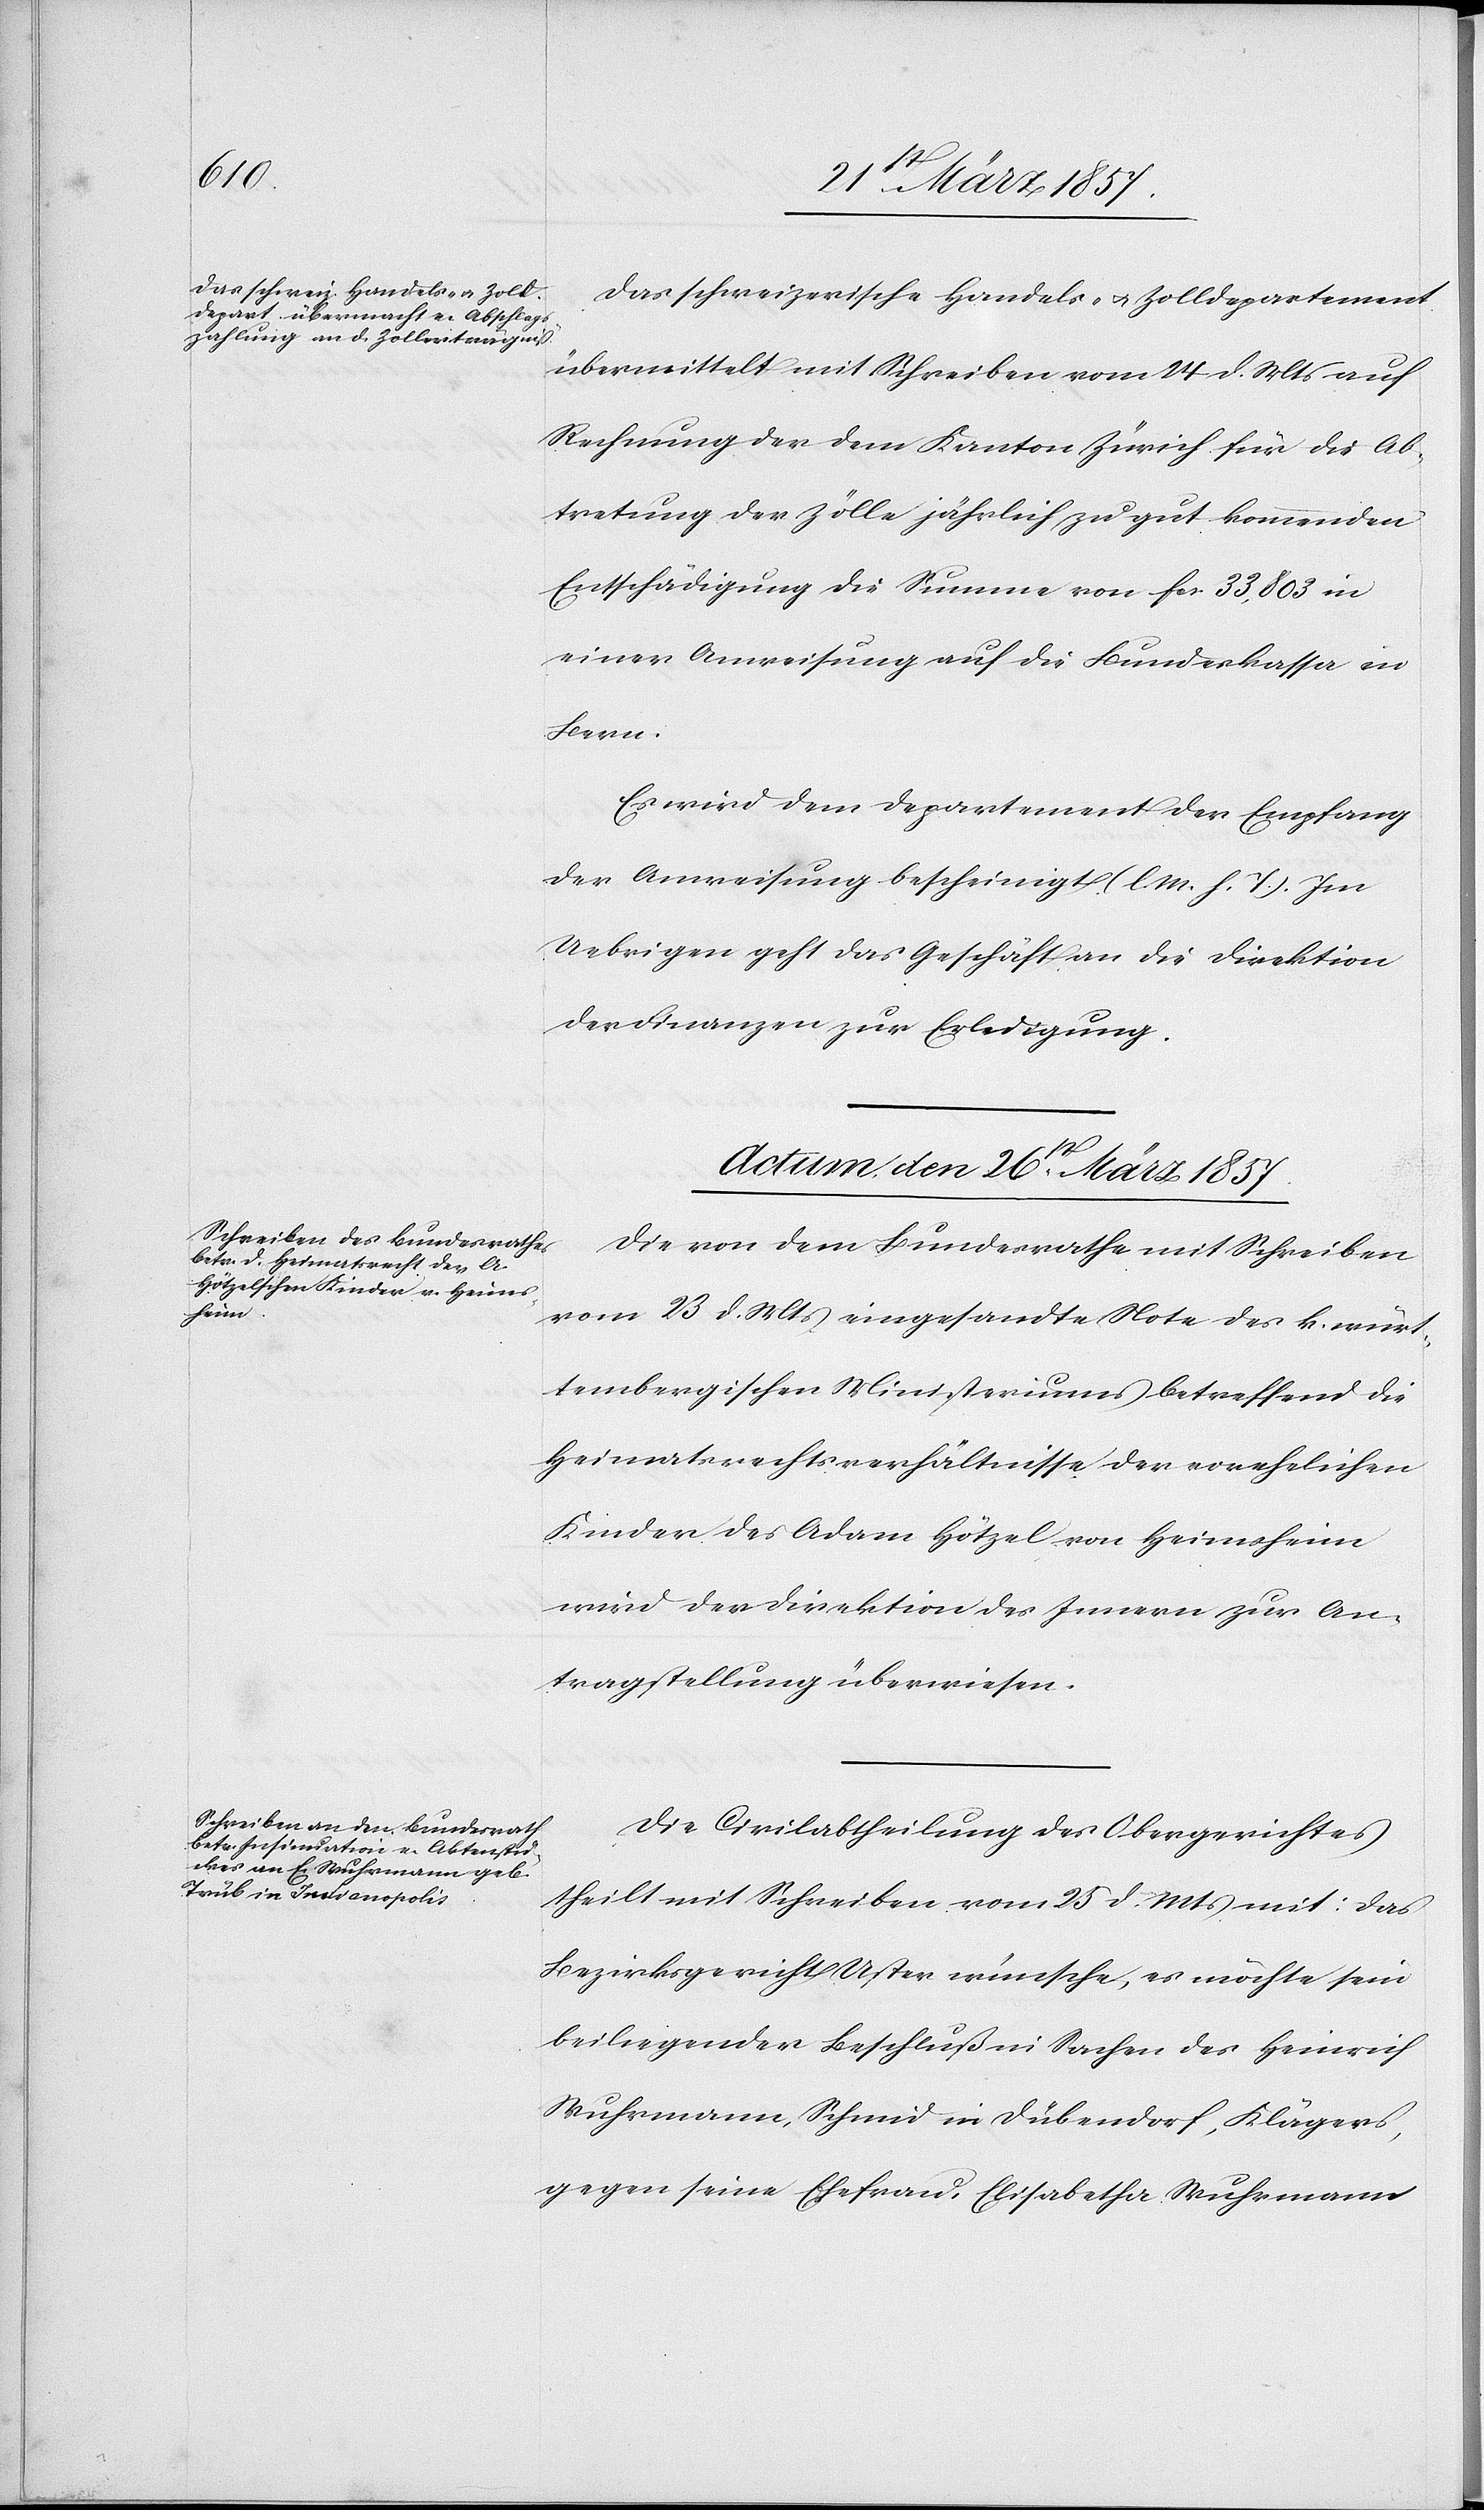
Das schweizerische Handels- u. Zolldepartement
übermittelt mit Schreiben vom 24 d. Mts auf
Rechnung der dem Kanton Zürich für die Ab¬
tretung der Zölle jährlich zu gut kommenden
Entschädigung die Summe von fr. 33,803 in
einer Anweisung auf die Bundeskassa in
Bern.
Es wird dem Departement der Empfang
der Anweisung bescheinigt (l. M. h. T). Im
Uebrigen geht das Geschäft an die Direktion
der Finanzen zur Erledigung.
Actum den 26st März 1857.]
Die von dem Bundesrathe mit Schreiben
vom 23 d. Mts eingesandte Note des k. würt¬
tembergischen Ministeriums betreffend die
Heimatsrechtsverhältnisse der vorehelichen
Kinder des Adam Hötzel von Heimsheim
wird der Direktion des Innern zur An¬
tragstellung überwiesen.
Die Civilabtheilung des Obergerichtes
theilt mit Schreiben vom 25 d. Mts mit: das
Bezirksgericht Uster wünsche, es möchte sein
beiliegender Beschluß in Sachen des Heinrich
Wuhrmann, Schmid in Dübendorf, Klägers,
gegen seine Ehefrau Elisabetha Wuhrmann